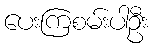
ပေးကြစမ်းပါဦး